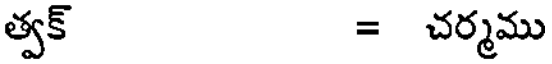
త్వక్ = చర్మము